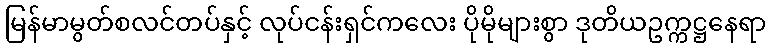
မြန်မာမွတ်စလင်တပ်နှင့် လုပ်ငန်းရှင်ကလေး ပိုမိုများစွာ ဒုတိယဥက္ကဋ္ဌနေရာ